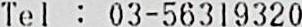
TEL : 03-56319320